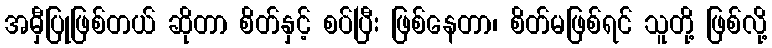
အမှီပြုဖြစ်တယ် ဆိုတာ စိတ်နှင့် စပ်ပြီး ဖြစ်နေတာ၊ စိတ်မဖြစ်ရင် သူတို့ ဖြစ်လို့